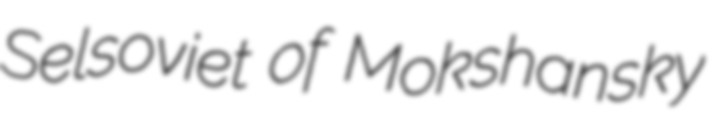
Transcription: Selsoviet of Mokshansky